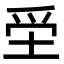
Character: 𡋧